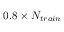
0 . 8 \times N _ { t r a i n }